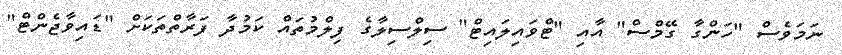
ނަމަވެސް "ހަންގާ ގޭމްސް" އާއި "ޓްވައިލައިޓް" ސިލްސިލާގެ ފިލްމުތައް ކަމުދާ ފަރާތްތަކަށް "ޑައިވާޖެންޓް"